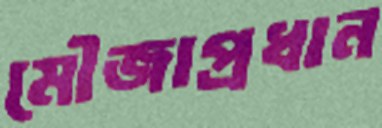
মৌজাপ্রধান